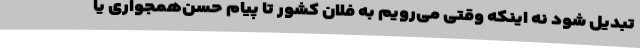
تبدیل شود نه اینکه وقتی می‌رویم به فلان کشور تا پیام حسن‌همجواری یا